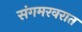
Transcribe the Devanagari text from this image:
संगमरवरात